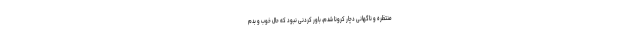
منتظره و ناگهانى دچار كرونا شدم، باور كردنى نبود كه حال خوب و بدم